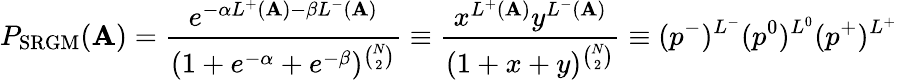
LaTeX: P_{\mathrm{SRGM}}(\mathbf{A})=\frac{e^{-\alpha L^{+}(\mathbf{A})-\beta L^{-}(\mathbf{A})}}{(1+e^{-\alpha}+e^{-\beta})^{\binom N2}}\equiv\frac{x^{L^{+}(\mathbf{A})}y^{L^{-}(\mathbf{A})}}{(1+x+y)^{\binom N2}}\equiv(p^{-})^{L^{-}}(p^{0})^{L^{0}}(p^{+})^{L^{+}}